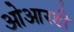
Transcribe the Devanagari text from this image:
ओआरडी